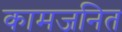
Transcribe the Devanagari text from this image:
कामजनित